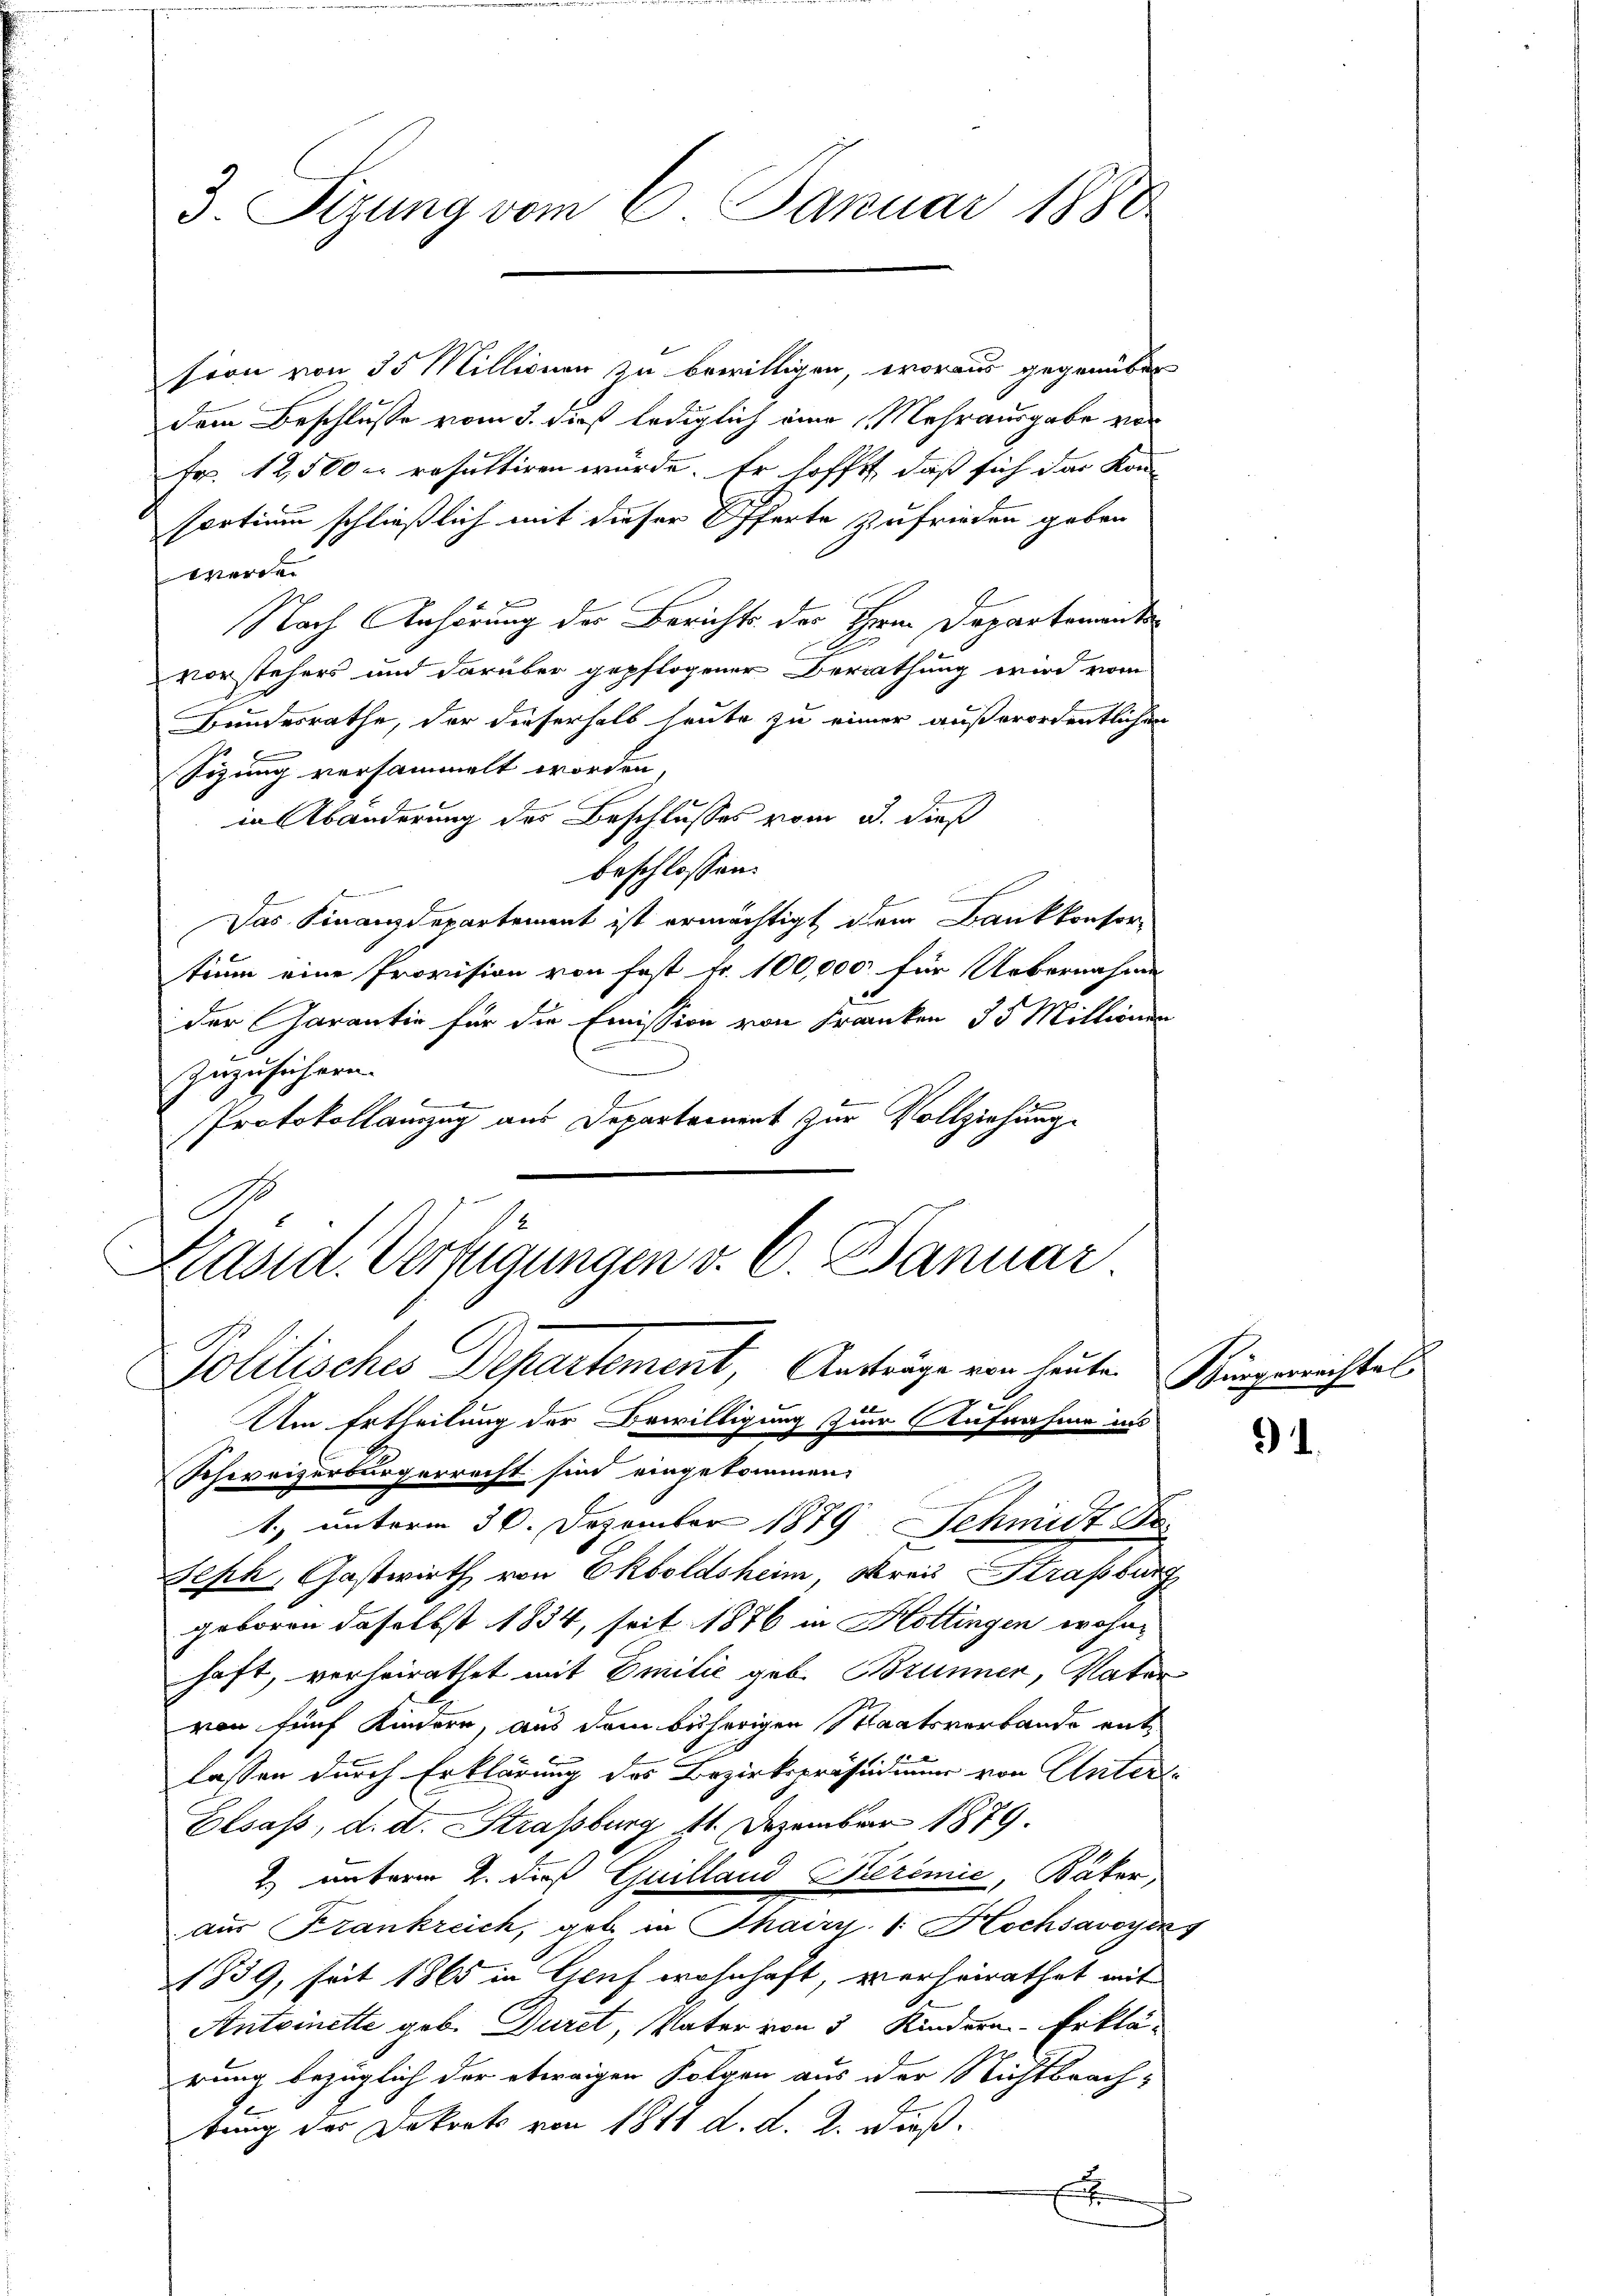
3. Sizung vom 6. Januar 1880

sion von 35 Millionen zu bewilligen, woraus gegenüber
dem Beschlusse vom 3. dieß lediglich eine Mehrausgabe vor
Fr. 12,500 resultiren wurde. Er hofft, daß sich das Kon-
sortium schließlich mit dieser Offerte zufrieden geben
Vorde
e
Nach Anhörung der Berichts der Herrn Departemente
A
vorstehers und darüber gepflogener Berathung wird vom
Bundesrathe, der dieserhalb heute zu einer außerordentlichen
Sizung versammelt worden,
in Abänderung des Beschlusses vom 3. dieß
beschlossen:
Das Finanzdepartement ist ermächtigt dem Bankkonfor
trum eine Provision von fest Fr. 100,000 für Uebernahme
der Garantie für die Emission von Franken 35 Mittenen
zuzusichern.
Protokollamzug aus Departement zur Vollziehung.
Päsid. Verfügungen v. 6. Januar

Politisches Departement, Anträge von heuten

f
Um Ertheilung der Bewilligung zur Aufnahme ins
Schweizerbürgerrecht sind eingekommen
1. unterm 30. Dezember 1879 Schmidt S
Seph, Gastwirth von Ekboldsheim, Frau Strassburg
geboren daselbst 1834, seit 1876 in Hottingen wohnhaft, verheirathet mit Emilie geb. Brunner, Vater
von fünf Kindern, aus dem bisherigen Staatsverbande entlassen durch Erklärung des Bezirkspräsidium von Unter¬
Elsass, d. d. Strassburg 11. Dezember 1879.
2) unterm 2. dieß Guilland Premie, Bäter,
aus Frankreich, geb. in Thaizy. 1. Hochsavoyens
1839, seit 1865 in Gruf wohnhaft, verheirathet mit
Antoinette geb. Duret, Vater von 5 Kindern Erklä-
rung bezüglich der etwaigen Folgen aus der Nichtbrachtung des Dekrets von 1811 d. d. 2. dieß.
x

Bürgerrechtel

).